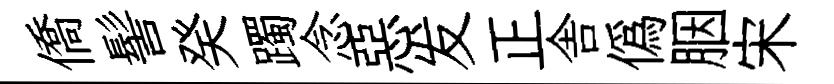
僑髻癸躅念惡发正舎僞胭宋